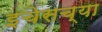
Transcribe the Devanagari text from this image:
इचेसच्या